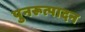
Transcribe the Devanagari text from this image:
पुनरूत्पादन